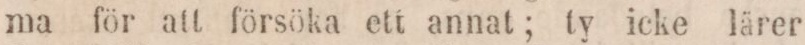
ma för att försöka ett annat; ty icke lärer